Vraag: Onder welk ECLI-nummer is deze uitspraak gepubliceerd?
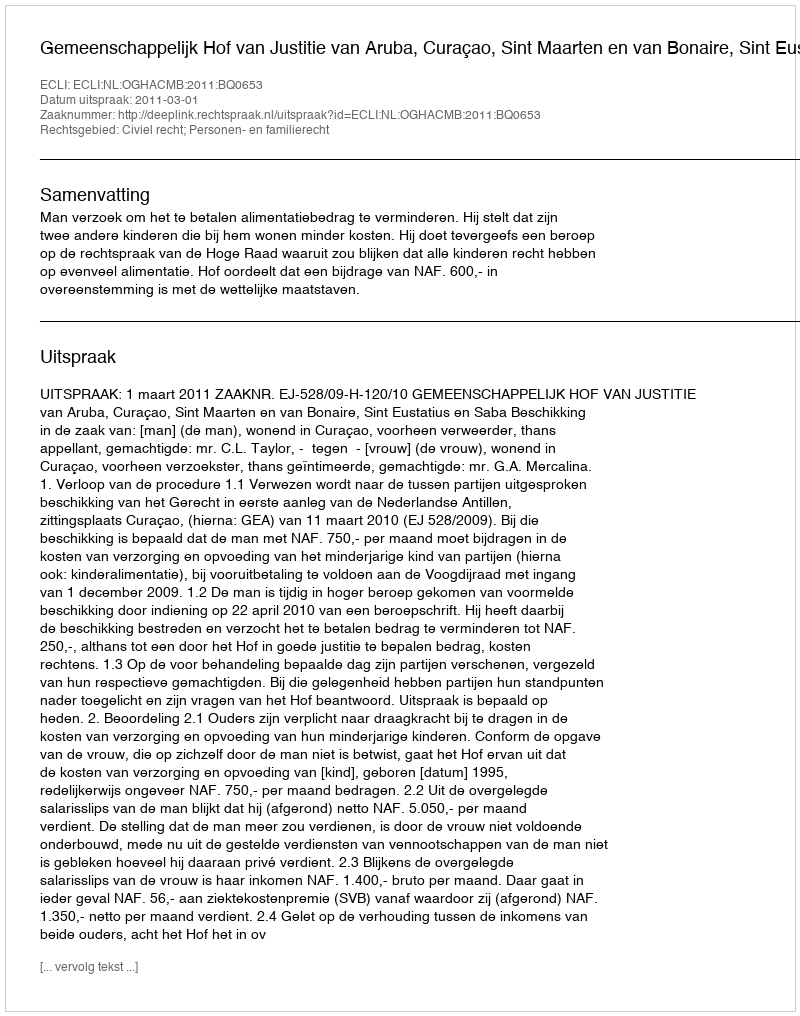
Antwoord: ECLI:NL:OGHACMB:2011:BQ0653